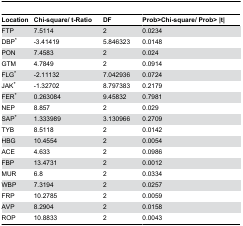
| Location | Chi-square/ t-Ratio | DF | Prob>Chi-square/ Prob> |t| |
 | --- | --- | --- | --- |
 | FTP | 7.5114 | 2 | 0.0234 |
 | DBP* | -3.41419 | 5.846323 | 0.0148 |
 | PON | 7.4583 | 2 | 0.024 |
 | GTM | 4.7849 | 2 | 0.0914 |
 | FLG* | -2.11132 | 7.042936 | 0.0724 |
 | JAK* | -1.32702 | 8.797383 | 0.2179 |
 | FER* | 0.263084 | 9.45832 | 0.7981 |
 | NEP | 8.857 | 2 | 0.029 |
 | SAP* | 1.333989 | 3.130966 | 0.2709 |
 | TYB | 8.5118 | 2 | 0.0142 |
 | HBG | 10.4554 | 2 | 0.0054 |
 | ACE | 4.633 | 2 | 0.0986 |
 | FBP | 13.4731 | 2 | 0.0012 |
 | MUR | 6.8 | 2 | 0.0334 |
 | WBP | 7.3194 | 2 | 0.0257 |
 | FRP | 10.2785 | 2 | 0.0059 |
 | AVP | 8.2904 | 2 | 0.0158 |
 | ROP | 10.8833 | 2 | 0.0043 |